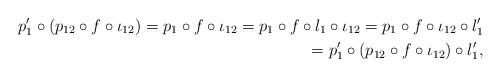
LaTeX: \begin{align*} p'_{1}\circ (p_{12}\circ f\circ \iota_{12})=p_{1}\circ f\circ \iota_{12}=p_{1}\circ f\circ l_{1}\circ \iota_{12} =p_{1}\circ f\circ \iota_{12}\circ l'_{1}\\ =p'_{1}\circ (p_{12}\circ f\circ \iota_{12})\circ l'_{1},\end{align*}